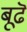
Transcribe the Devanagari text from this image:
बूढॆ